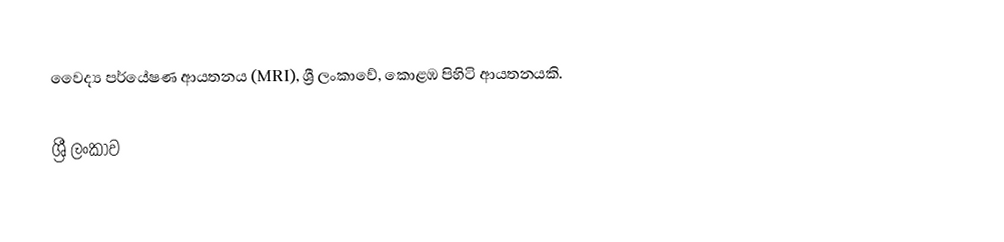
වෛද්‍ය පර්යේෂණ ආයතනය (MRI), ශ්‍රී ලංකාවේ, කොළඹ පිහිටි ආයතනයකි.

ශ්‍රී ලංකාව